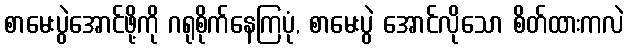
စာမေးပွဲအောင်ဖို့ကို ဂရုစိုက်နေကြပုံ, စာမေးပွဲ အောင်လိုသော စိတ်ထားကလဲ